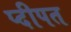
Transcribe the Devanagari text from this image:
प्दीपत